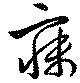
寐